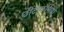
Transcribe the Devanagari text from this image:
छींटाकशियों